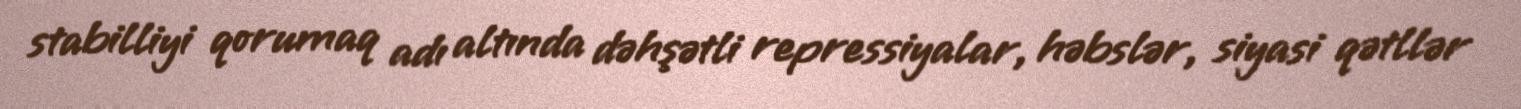
stabilliyi qorumaq adı altında dəhşətli repressiyalar, həbslər, siyasi qətllər